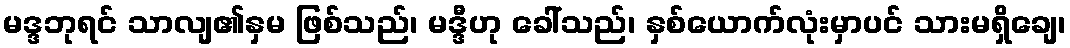
မဒ္ဒဘုရင် သာလျ၏နှမ ဖြစ်သည်၊ မဒ္ဒီဟု ခေါ်သည်၊ နှစ်ယောက်လုံးမှာပင် သားမရှိချေ၊